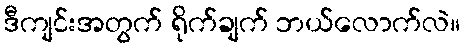
ဒီကျင်းအတွက် ရိုက်ချက် ဘယ်လောက်လဲ။